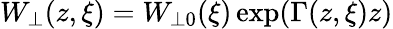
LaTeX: W_{\perp}(z,\xi)=W_{\perp 0}(\xi)\exp(\Gamma(z,\xi)z)